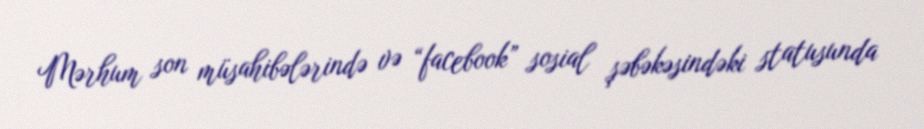
Mərhum son müsahibələrində və “facebook” sosial şəbəkəsindəki statusunda